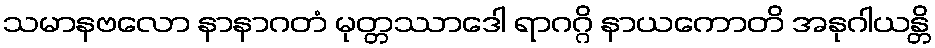
သမာနဗလော နာနာဂတံ မုတ္တဿာဒေါ ရာဂဂ္ဂိ နာယကောတိ အနုဂါယန္တိ